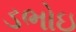
ડભોઇ